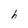
Character: h